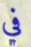
في